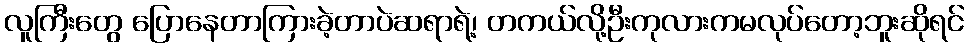
လူကြီးတွေ ပြောနေတာကြားခဲ့တာပဲဆရာရဲ့၊ တကယ်လို့ဦးကုလားကမလုပ်တော့ဘူးဆိုရင်